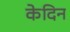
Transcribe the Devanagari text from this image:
केदिन